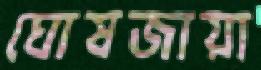
ঘোষজায়া